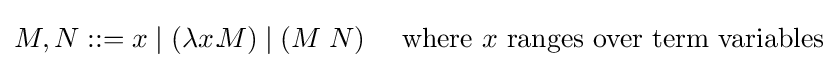
{\begin{aligned}M,N&::=x\mid (\lambda x.\!M)\mid (M\;N)&&{\text{ where }}x{\text{ ranges over term variables}}\\\end{aligned}}